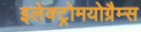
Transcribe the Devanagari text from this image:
इलेक्ट्रोमयोग्रैम्स